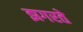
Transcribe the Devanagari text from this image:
झगरते